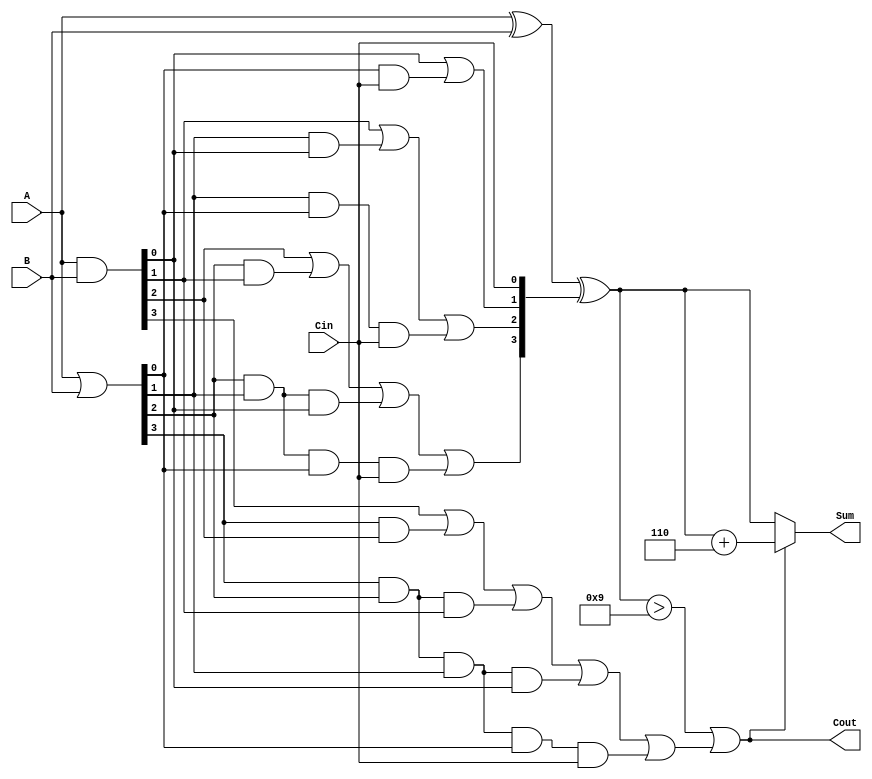
module BCD_Carry_Lookahead_Adder (
    input wire [3:0] A,     // First BCD digit
    input wire [3:0] B,     // Second BCD digit
    input wire Cin,         // Carry-in
    output wire [3:0] Sum,  // BCD sum
    output wire Cout        // Carry-out
);

    wire [3:0] G;          // Generate signals
    wire [3:0] P;          // Propagate signals
    wire [4:0] C;          // Carry signals

    // Generate and propagate calculations
    assign G = A & B;      // Generate G[i] = A[i] AND B[i]
    assign P = A | B;      // Propagate P[i] = A[i] OR B[i]

    // Carry signal calculations
    assign C[0] = Cin;     // C[0] = Cin
    assign C[1] = G[0] | (P[0] & C[0]);
    assign C[2] = G[1] | (P[1] & G[0]) | (P[1] & P[0] & C[0]);
    assign C[3] = G[2] | (P[2] & G[1]) | (P[2] & P[1] & G[0]) | (P[2] & P[1] & P[0] & C[0]);
    assign C[4] = G[3] | (P[3] & G[2]) | (P[3] & P[2] & G[1]) | (P[3] & P[2] & P[1] & G[0]) | (P[3] & P[2] & P[1] & P[0] & C[0]);

    // Raw sum calculation
    wire [3:0] raw_sum;
    assign raw_sum = A ^ B ^ C[3:0]; // Sum[i] = A[i] XOR B[i] XOR C[i]

    // BCD correction logic
    wire [3:0] adjusted_sum;
    wire correction_needed;
    assign correction_needed = (raw_sum > 4'd9) || C[4];
    assign adjusted_sum = correction_needed ? (raw_sum + 4'd6) : raw_sum; // Conditionally add 6
    assign Sum = adjusted_sum; // Final BCD sum output
    assign Cout = correction_needed; // Carry-out

endmodule